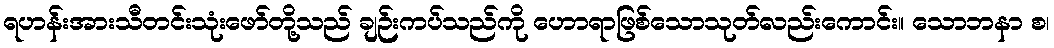
ရဟန်းအားသီတင်းသုံးဖော်တို့သည် ချဉ်းကပ်သည်ကို ဟောရာဖြစ်သောသုတ်လည်းကောင်း။ သောဘနာ စ၊